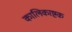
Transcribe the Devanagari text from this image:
कालिकाष्टक